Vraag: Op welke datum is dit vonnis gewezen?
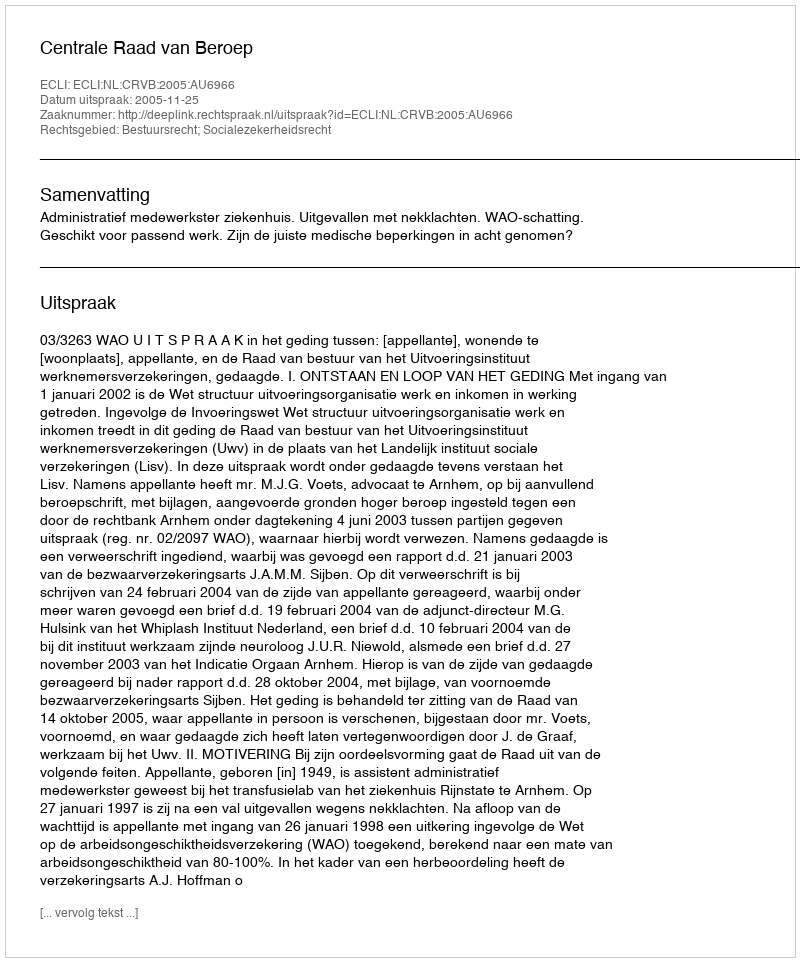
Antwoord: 2005-11-25